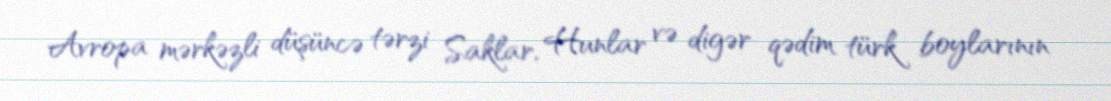
Avropa mərkəzli düşüncə tərzi Saklar, Hunlar və digər qədim türk boylarının